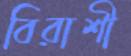
বিরাশী